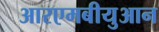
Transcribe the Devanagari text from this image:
आरएमबीयुआन